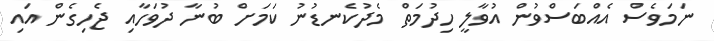
ނަމަވެސް އެއްބަސްވުން އުވާލީ ހިދުމަތް މެދުކެނޑުނު ކަމަށް ބުނާ ދުވަހާއި ޖެހިގެން އައި